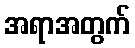
အရာအတွက်